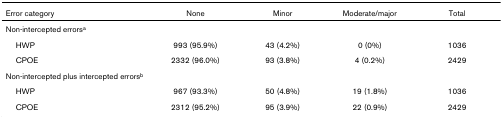
| Error category | None | Minor | Moderate/major | Total |
 | --- | --- | --- | --- | --- |
 | Non-intercepted errorsa |  |  |  |  |
 | HWP | 993 (95.9%) | 43 (4.2%) | 0 (0%) | 1036 |
 | CPOE | 2332 (96.0%) | 93 (3.8%) | 4 (0.2%) | 2429 |
 | Non-intercepted plus intercepted errorsb |  |  |  |  |
 | HWP | 967 (93.3%) | 50 (4.8%) | 19 (1.8%) | 1036 |
 | CPOE | 2312 (95.2%) | 95 (3.9%) | 22 (0.9%) | 2429 |